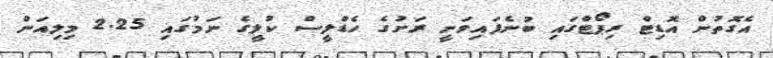
އެގޮތުން އޮޑިޓް ރިޕޯޓްގައި ބުނެފައިވަނީ ރަށުގެ ހެޑްލީސް ކުލީގެ ނަމުގައި 2.25 މިލިއަން